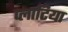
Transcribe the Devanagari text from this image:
प्लाटिया